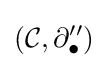
({\mathcal {C}},\partial _{\bullet }'')